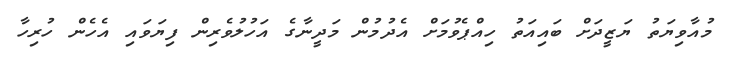
މުއާވިޔަތު ޔަޒީދަށް ބައިއަތު ހިއްޕެވުމަށް އެދުމުން މަދީނާގެ އަހުލުވެރިން ފިޔަވައި އެހެން ހުރިހާ